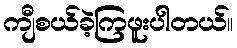
ကျီစယ်ခဲ့ကြဖူးပါတယ်။